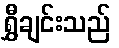
ရွှီချင်းသည်